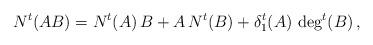
LaTeX: \begin{align*}N^t (AB) = N^t (A) \, B + A \, N^t (B) + \delta_1^t (A) \, \deg^t (B) \, , \end{align*}